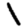
Digit: 1